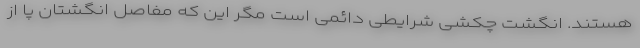
هستند. انگشت چکشی شرایطی دائمی است مگر این که مفاصل انگشتان پا از